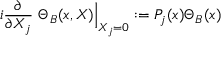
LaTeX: i \frac { \partial } { \partial X _ { j } } \ \Theta _ { B } ( x , X ) \Big \vert _ { X _ { j } = 0 } : = P _ { j } ( x ) \Theta _ { B } ( x )